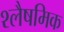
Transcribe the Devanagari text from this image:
श्लैषमिक